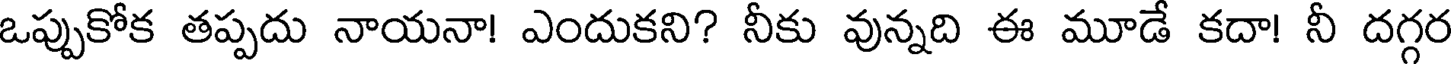
ఒప్పుకోక తప్పదు నాయనా! ఎందుకని? నీకు వున్నది ఈ మూడే కదా! నీ దగ్గర